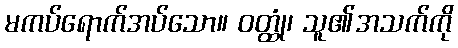
မကပ်ရောက်အပ်သော။ ဝတ္ထုံ၊ သူ၏အသက်ကို